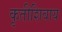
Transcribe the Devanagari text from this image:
कृतीशिवाय